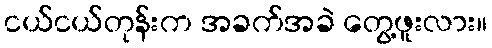
ငယ်ငယ်တုန်းက အခက်အခဲ တွေ့ဖူးလား။